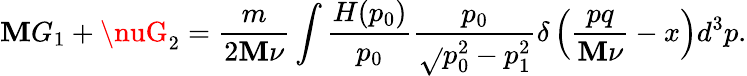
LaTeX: \mathbf{M}G_{1}+\nuG_{2}=\frac{m}{{2\mathbf{M}\nu}}\int\frac{{H(p_{0})}}{{p_{0}}}\frac{{p_{0}}}{{\sqrt{}{{p_{0}^{2}-p_{1}^{2}}}}}\delta\left(\frac{{pq}}{{\mathbf{M}\nu}}-x\right)d^{3}p.